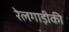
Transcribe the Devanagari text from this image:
रेलगाड़ीकी